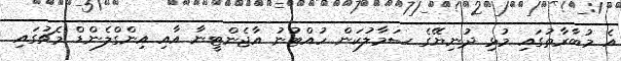
އެ މުބާރާތުގައި މުޅި ދުނިޔޭގެ ސަމާލުކަން ހުއްޓުނު އާޖެންޓީނާ އާއި އިންގްލެންޑް މެޗުގައި